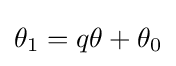
\theta _{1}=q\theta +\theta _{0}